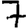
Digit: 7